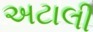
અટાલી